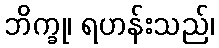
ဘိက္ခု၊ ရဟန်းသည်၊